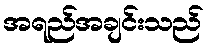
အရည်အချင်းသည်